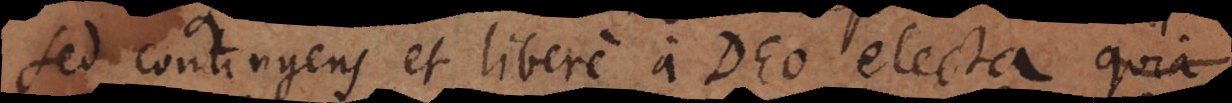
sed contingens et libere a Deo electa, quia